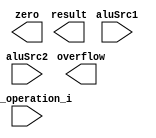
module ALU( aluSrc1, aluSrc2, ALU_operation_i, result, zero, overflow );

//I/O ports 
input	[32-1:0] aluSrc1;
input	[32-1:0] aluSrc2;
input	 [4-1:0] ALU_operation_i;

output	[32-1:0] result;
output			 zero;
output			 overflow;

//Internal Signals
wire			 zero;
wire			 overflow;
wire	[32-1:0] result;

//Main function
/*your code here*/



endmodule